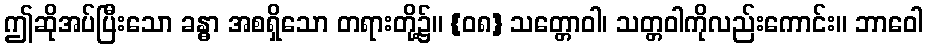
ဤဆိုအပ်ပြီးသော ခန္ဓာ အစရှိသော တရားတို့၌။ {၀၈} သတ္တောဝါ၊ သတ္တဝါကိုလည်းကောင်း။ ဘာဝေါ